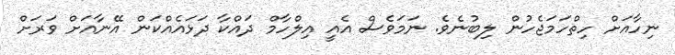
ނިހާއަށް ހިތްހަމަޖެހުން ލިބުނެވެ. ނަމަވެސް އެއީ އިލްހާމް ދައްކާ ދަޅައެއްކަން އޭނާއަށް ވަރަށް